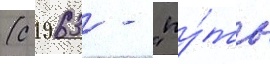
(с 1963 - "пу́ть